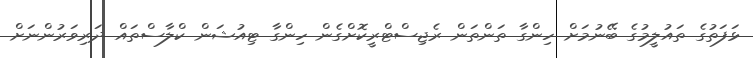
ޅަފަތުގެ ތައުލީމުގެ ބޭނުމަށް ހިންގާ ތަންތަން ރެޖިސްޓްރީކޮށްގެން ހިންގާ ޓިއުޝަން ކްލާސްތައް ދަަރިވަރުންނަށް